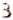
3